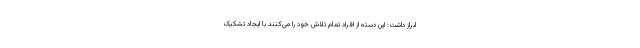
ابراز داشت: این دسته از افراد تمام تلاش خود را می‌کنند با ایجاد تشکیک